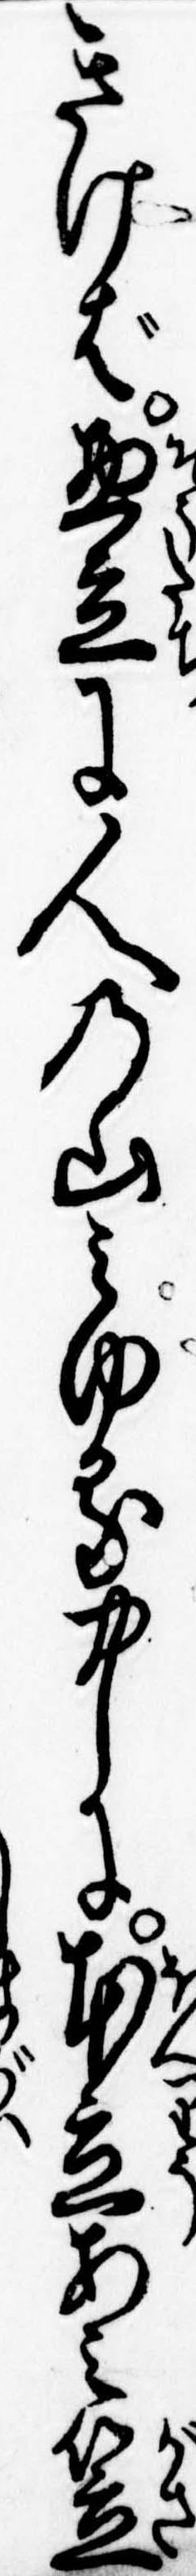
きけば惣立に人の山みゆる中に本立あみ笠